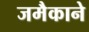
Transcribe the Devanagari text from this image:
जमैकाने